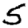
Digit: 5